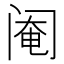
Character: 阉